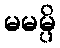
မမမ္ပိ